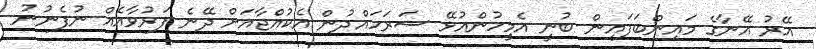
އޭރު އޭނާގެ މައިންބަފައިން ބުނީ އެމީހުންއުޅޭ ސަރަހައްދުން އެކުއްޖާއަށް ދޭނެ ފަރުވާއެއް ނުފެނުނު